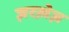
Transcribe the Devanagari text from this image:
ज़रख़ेज़